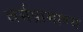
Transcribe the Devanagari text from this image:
धर्मप्रामाण्य